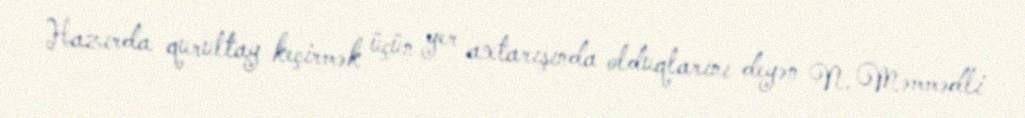
Hazırda qurultay keçirmək üçün yer axtarışında olduqlarını deyən N. Məmmədli